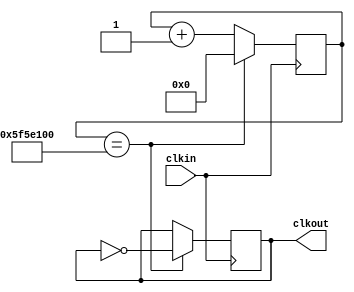
`timescale 1ns / 1ps
//////////////////////////////////////////////////////////////////////////////////
// Company: 
// Engineer: 
// 
// Design Name: 
// Module Name: clockdivider
// Project Name: 
// Target Devices: 
// Tool Versions: 
// Description: 
// 
// Dependencies: 
// 
// Revision:
// Revision 0.01 - File Created
// Additional Comments:
// 
//////////////////////////////////////////////////////////////////////////////////


module clockdivider(
    input clkin,
    output reg clkout
    );
    reg [28:0] count;
    initial begin
        clkout = 0;
        count = 0;
    end
    
    always @(posedge clkin) begin
        if( count == 28'd100_000_000) begin
            count <= 0;
            clkout = ~ clkout;
        end
        else begin
            count <= count +1;
        end
    end 
endmodule